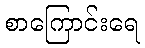
စာကြောင်းရေ